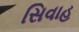
સિવાહ